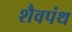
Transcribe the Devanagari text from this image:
शैवपंथ